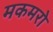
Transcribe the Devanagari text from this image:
मकमरो